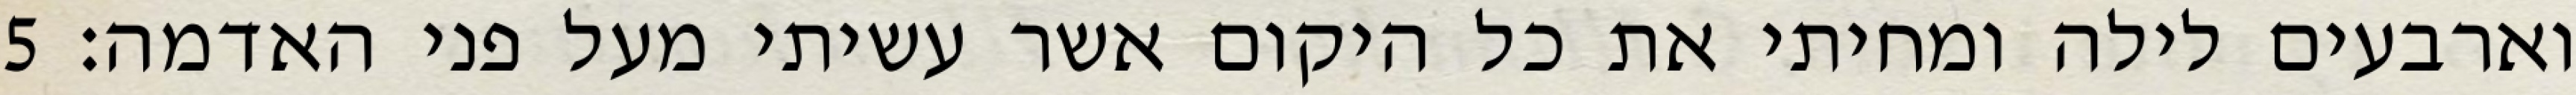
וארבעים לילה ומחיתי את כל היקום אשר עשיתי מעל פני האדמה׃ ‎5‏